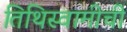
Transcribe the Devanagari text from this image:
तिथिस्वामीची